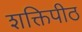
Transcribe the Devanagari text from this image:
शक्तिपीठ